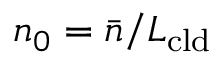
n _ { 0 } = \bar { n } / L _ { \mathrm { c l d } }